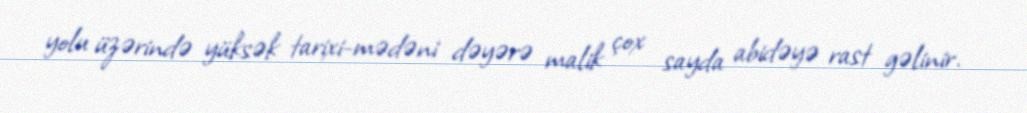
yolu üzərində yüksək tarixi-mədəni dəyərə malik çox sayda abidəyə rast gəlinir.